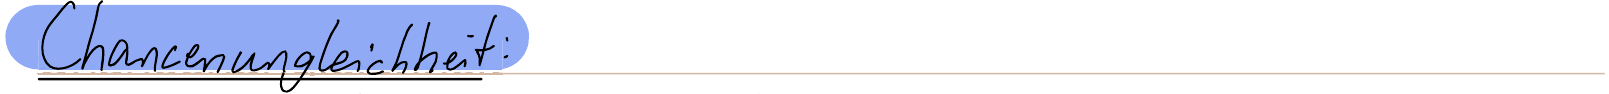
Chancenungleichheit: